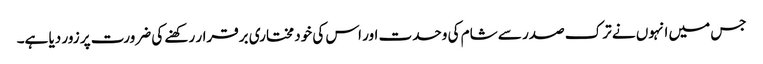
جس میں انہوں نے ترک صدر سے شام کی وحدت اور اس کی خود مختاری برقرار رکھنے کی ضرورت پر زور دیا ہے۔